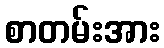
စာတမ်းအား